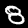
Digit: 8